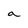
Character: a